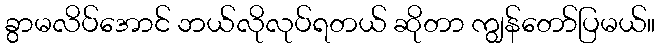
ခွာမလိပ်အောင် ဘယ်လိုလုပ်ရတယ် ဆိုတာ ကျွန်တော်ပြမယ်။